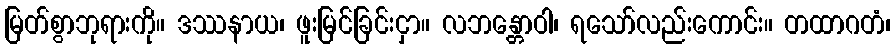
မြတ်စွာဘုရားကို။ ဒဿနာယ၊ ဖူးမြင်ခြင်းငှာ။ လဘန္တောဝါ၊ ရသော်လည်းကောင်း။ တထာဂတံ၊